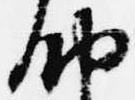
納